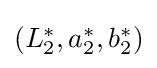
{\textstyle ({L_{2}^{*}},{a_{2}^{*}},{b_{2}^{*}})}